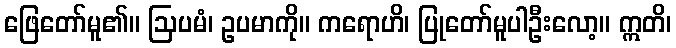
ဖြေတော်မူ၏။ ဩပမံ၊ ဥပမာကို။ ကရောဟိ၊ ပြုတော်မူပါဦးလော့။ ဣတိ၊